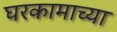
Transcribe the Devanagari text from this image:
घरकामाच्या